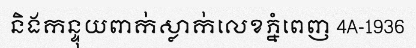
និងកន្ទុយពាក់ស្លាក់លេខភ្នំពេញ 4A-1936